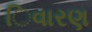
િવારણ